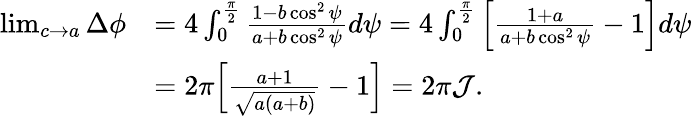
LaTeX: \begin{array}{rl}{\operatorname*{lim}_{c\rightarrow a}\Delta\phi}&{=4\int_{0}^{\frac{\pi}{2}}\frac{1-b\cos^{2}\psi}{a+b\cos^{2}\psi}d\psi=4\int_{0}^{\frac{\pi}{2}}\Big[\frac{1+a}{a+b\cos^{2}\psi}-1\Big]d\psi}\\ &{=2\pi\Big[\frac{a+1}{\sqrt{a(a+b)}}-1\Big]=2\pi\mathcal{J}.}\end{array}